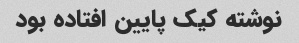
نوشته کیک پایین افتاده بود